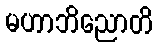
မဟာဘိညောတိ